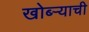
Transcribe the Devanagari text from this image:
खोब्ऱ्याची